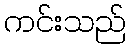
ကင်းသည်